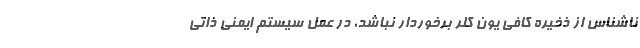
ناشناس از ذخیره کافی یون کلر برخوردار نباشد، در عمل سیستم ایمنی ذاتی